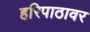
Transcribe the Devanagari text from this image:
हरिपाठावर